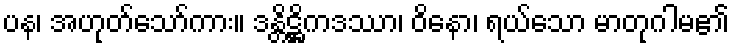
ပန၊ အဟုတ်သော်ကား။ ဒန္တိဋ္ဌိကဒဿာ၊ ဝိနော၊ ရယ်သော မာတုဂါမ၏